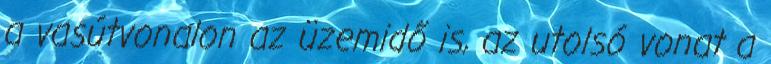
a vasútvonalon az üzemidő is, az utolsó vonat a